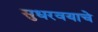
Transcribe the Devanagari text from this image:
सुधरवयाचे